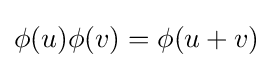
\phi (u)\phi (v)=\phi (u+v)